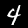
Label: 4